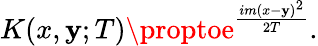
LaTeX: K(x,\mathbf{y};T)\proptoe^{\frac{{im(x-\mathbf{y})^{2}}}{{2T}}}.